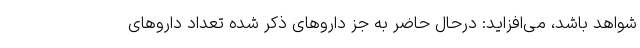
شواهد باشد، می‌افزاید: درحال حاضر به جز داروهای ذکر شده تعداد داروهای